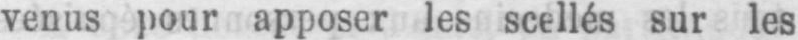
venus pour apposer les scellés sur les